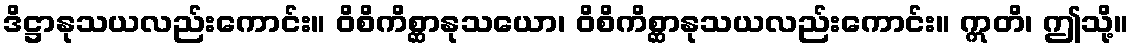
ဒိဋ္ဌာနုသယလည်းကောင်း။ ဝိစိကိစ္ဆာနုသယော၊ ဝိစိကိစ္ဆာနုသယလည်းကောင်း။ ဣတိ၊ ဤသို့။